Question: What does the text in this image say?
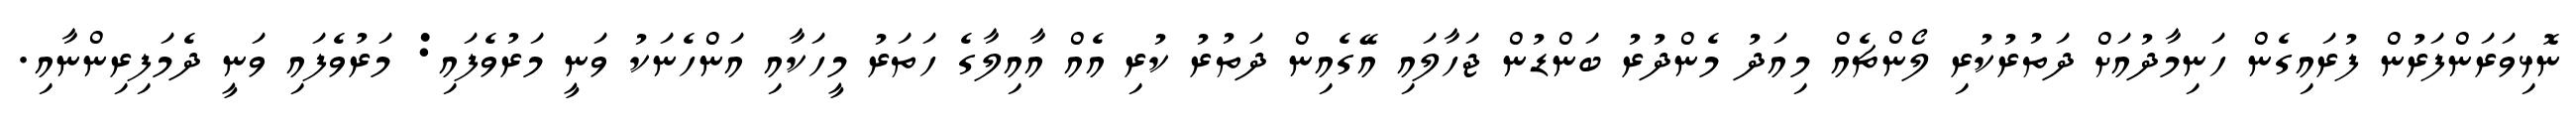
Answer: ނޮޅިވަރަންފަރުން ފުރައިގެން ހަނިމާދުއަށް ދަތުރުކުރި ލޯންޗެއް މިއަދު މެންދުރު ބަންޑުން ޖަހާލައި އޭގެއިން ދަތުރު ކުރި އެއް އާއިލާގެ ހަތަރު މީހަކާއި އަންހެނަކު ވަނީ މަރުވެފައި: މަރުވެފައި ވަނީ ދެމަފިރިންނާއި.